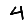
Digit: 4